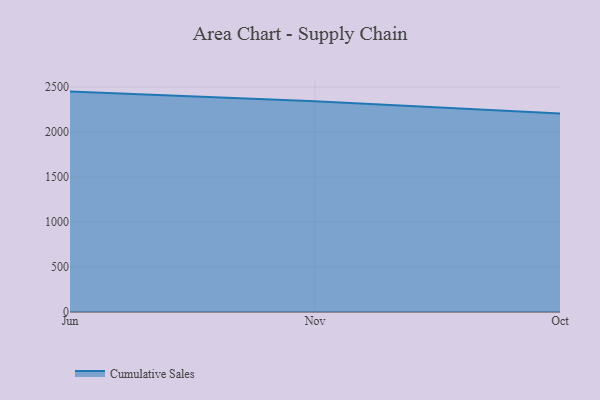
{"axis": {"x": "Month", "y": "Tickets Resolved"}, "legend": ["Cumulative Sales"], "data": [{"x": "Jun", "y": 2449.4, "type": "Cumulative Sales"}, {"x": "Nov", "y": 2343.3, "type": "Cumulative Sales"}, {"x": "Oct", "y": 2206.4, "type": "Cumulative Sales"}]}